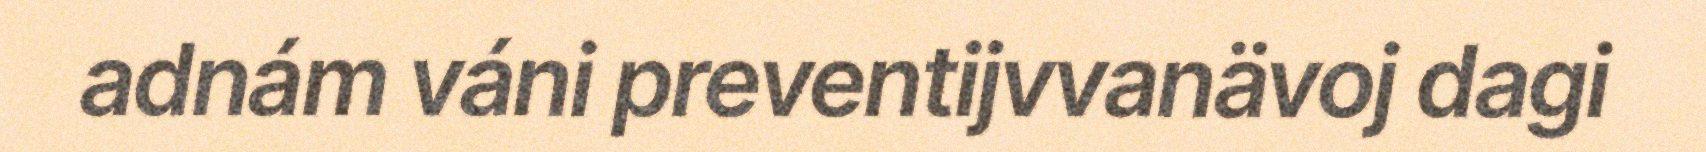
adnám váni preventijvvanävoj dagi